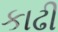
કાઢી